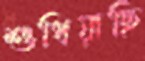
শুধিয়াছি